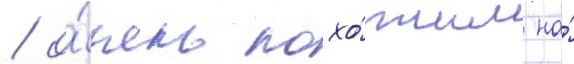
/ о́чень похо́жим на́